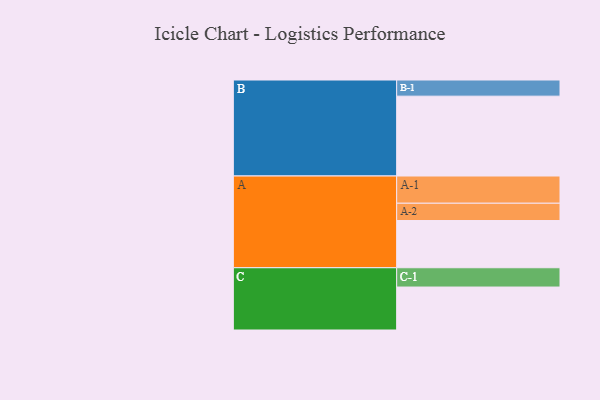
{"axis": {"x": "Segment", "y": "Value"}, "legend": ["", "A", "B", "C"], "data": [{"x": "A", "y": 333, "type": ""}, {"x": "B", "y": 563, "type": ""}, {"x": "C", "y": 303, "type": ""}, {"x": "A-1", "y": 192, "type": "A"}, {"x": "A-2", "y": 122, "type": "A"}, {"x": "B-1", "y": 114, "type": "B"}, {"x": "C-1", "y": 136, "type": "C"}]}